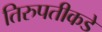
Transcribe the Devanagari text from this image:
तिरुपतीकडे